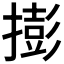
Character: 𢵓